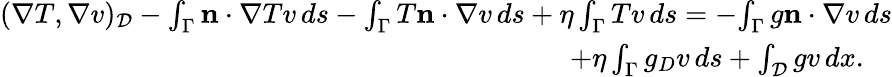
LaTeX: \begin{array}{r}{(\nabla T,\nabla v)_{\mathcal D}-\int_{\Gamma}{\mathbf n}\cdot{\nabla}Tv\, ds-{\int_{\Gamma}T{\mathbf n}\cdot{\nabla}v\, ds}+{\eta\int_{\Gamma}Tv\, ds}=-{\int_{\Gamma}g{\mathbf n}\cdot{\nabla}v\, ds}}\\ {+{\eta\int_{\Gamma}g_{D}v\, ds}+\int_{\mathcal D}gv\, dx.\quad}\end{array}